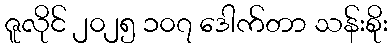
ဇူလိုင် ၂၀၂၅ ၁၀၇ ဒေါက်တာ သန်းစိုး